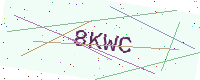
Text: 8KWC